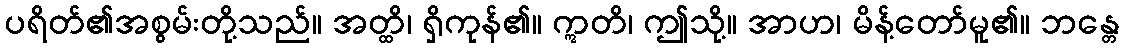
ပရိတ်၏အစွမ်းတို့သည်။ အတ္ထိ၊ ရှိကုန်၏။ ဣတိ၊ ဤသို့။ အာဟ၊ မိန့်တော်မူ၏။ ဘန္တေ